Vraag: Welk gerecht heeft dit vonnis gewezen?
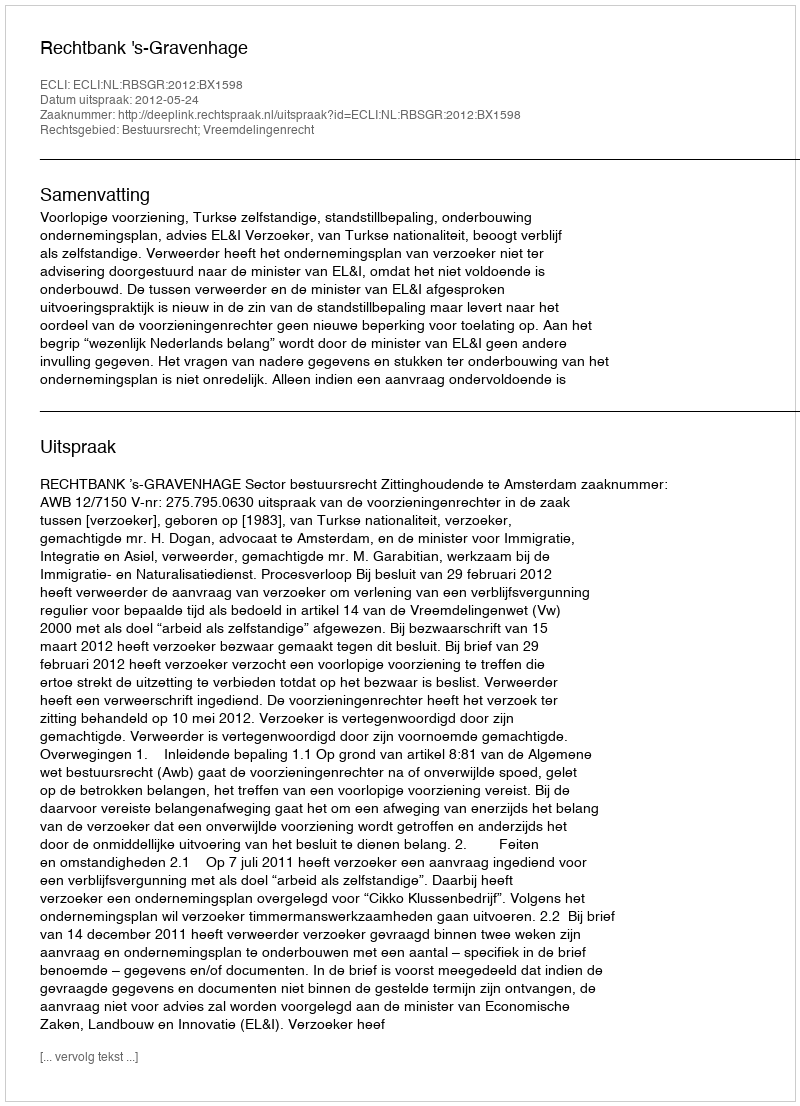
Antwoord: Rechtbank 's-Gravenhage